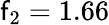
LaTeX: \mathsf{f}_{2}=1.66